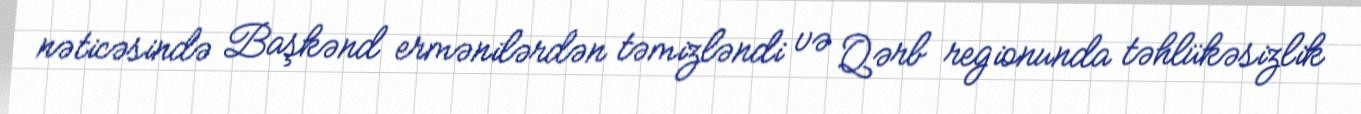
nəticəsində Başkənd ermənilərdən təmizləndi və Qərb regionunda təhlükəsizlik